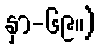
နှာ-၆၉။)